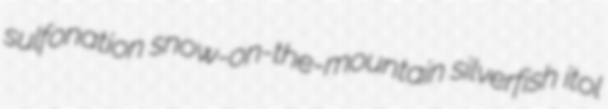
sulfonation snow-on-the-mountain silverfish itol